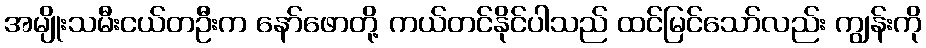
အမျိုးသမီးငယ်တဦးက နော်ဖောတို့ ကယ်တင်နိုင်ပါသည် ထင်မြင်သော်လည်း ကျွန်းကို